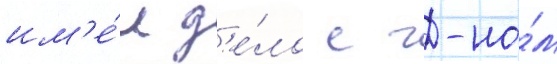
им'е́л д'е́ло с г-но́м